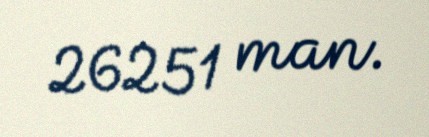
26251 man.